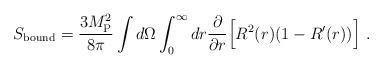
\begin{align*}S_{\rm bound}= {3 M_{\rm P}^2 \over 8 \pi} \int d\Omega \int _0^\infty dr{\partial\over\partial r} \Bigl[R^2(r) (1- R'(r) )\Bigr] \ .\end{align*}